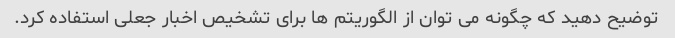
توضیح دهید که چگونه می توان از الگوریتم ها برای تشخیص اخبار جعلی استفاده کرد.